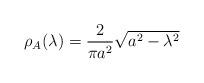
LaTeX: \begin{align*}\rho_{A} (\lambda ) = \frac{2}{\pi a^2 } \sqrt{a^2 - \lambda^{2} }\end{align*}